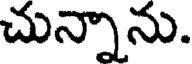
చున్నాను.